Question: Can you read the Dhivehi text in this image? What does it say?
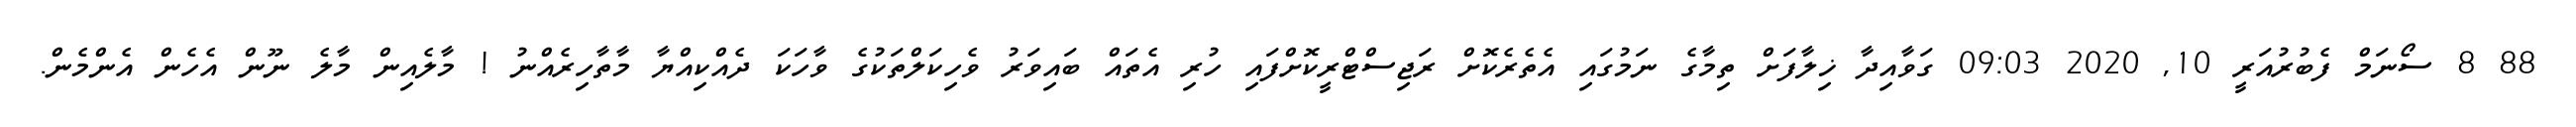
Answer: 88 8 ސޯނަމް ފެބުރުއަރީ 10, 2020 09:03 ގަވާއިދާ ޚިލާފަށް ތިމާގެ ނަމުގައި އެތެރެކޮށް ރަޖިސްޓްރީކޮށްފައި ހުރި އެތައް ބައިވަރު ވެހިކަލްތަކުގެ ވާހަކަ ދެއްކިއްޔާ މާތާހިރެއްނު ! މާލެއިން މާލެ ނޫން އެހެން އެންމެން.